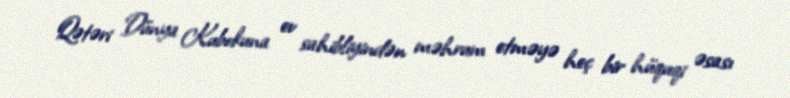
Qətəri Dünya Kubokuna ev sahibliyindən məhrum etməyə heç bir hüquqi əsası